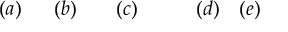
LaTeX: ( a ) \quad \ \ ( b ) \quad \ \ \ ( c ) \qquad \ \ \ ( d ) \quad ( e )